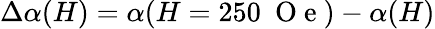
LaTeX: \Delta\alpha(H)=\alpha(H=250~\mathrm{~O~e~})-\alpha(H)